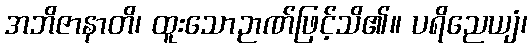
အဘိဇာနာတိ၊ ထူးသောဉာဏ်ဖြင့်သိ၏။ ပရိညေယျံ၊